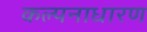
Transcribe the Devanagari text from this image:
कल्पनाधारण